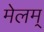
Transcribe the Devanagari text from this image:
मेलम्